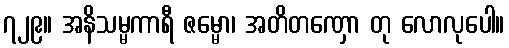
၇၂၉။ အနိသမ္မကာရီ ဇမ္မော၊ အတိတဏှော တု လောလုပေါ။